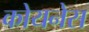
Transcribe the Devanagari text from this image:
कोयनेस